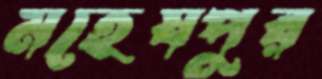
মহেষপুর